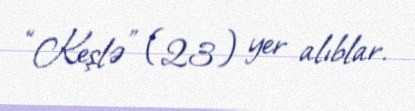
“Keşlə” (23) yer alıblar.